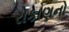
રોકાણનો